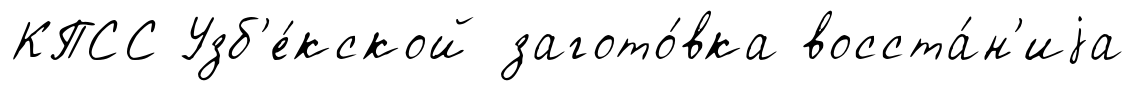
КПСС Узб'е́кской загото́вка восста́н'иjа